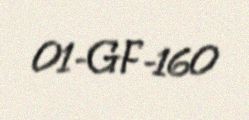
01-GF-160